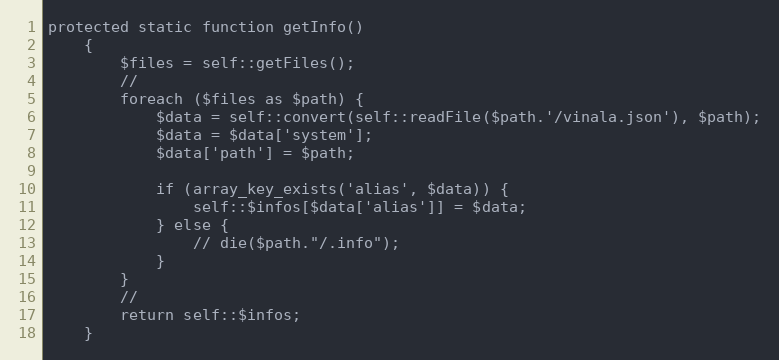
Language: PHP
protected static function getInfo()
    {
        $files = self::getFiles();
        //
        foreach ($files as $path) {
            $data = self::convert(self::readFile($path.'/vinala.json'), $path);
            $data = $data['system'];
            $data['path'] = $path;

            if (array_key_exists('alias', $data)) {
                self::$infos[$data['alias']] = $data;
            } else {
                // die($path."/.info");
            }
        }
        //
        return self::$infos;
    }